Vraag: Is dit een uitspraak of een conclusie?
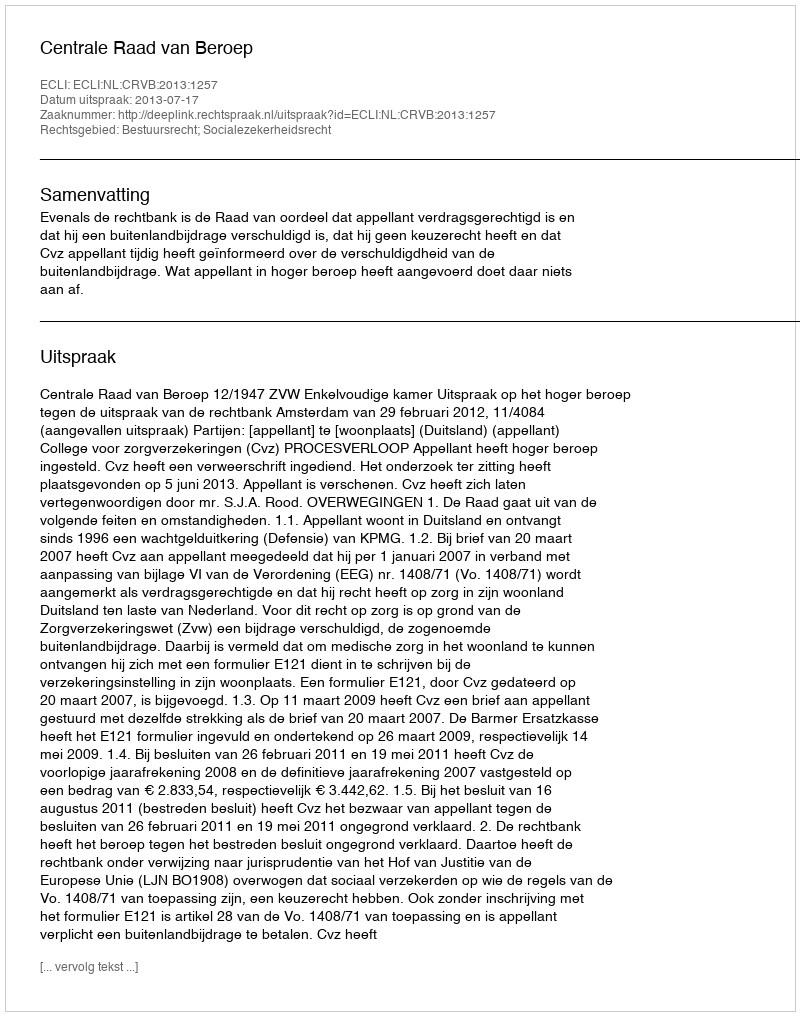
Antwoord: Uitspraak